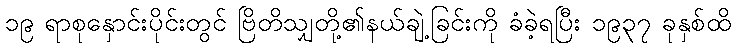
၁၉ ရာစုနှောင်းပိုင်းတွင် ဗြိတိသျှတို့၏နယ်ချဲ့ခြင်းကို ခံခဲ့ရပြီး ၁၉၃၇ ခုနှစ်ထိ